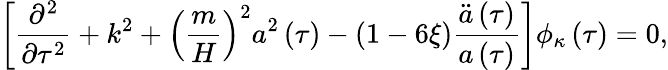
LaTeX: \left[\frac{\partial^{2}}{\partial\tau^{2}}+k^{2}+\left(\frac{m}{H}\right)^{2}a^{2}\left(\tau\right)-\left(1-6\xi\right)\frac{\ddot{a}\left(\tau\right)}{a\left(\tau\right)}\right]\phi_{\kappa}\left(\tau\right)=0,